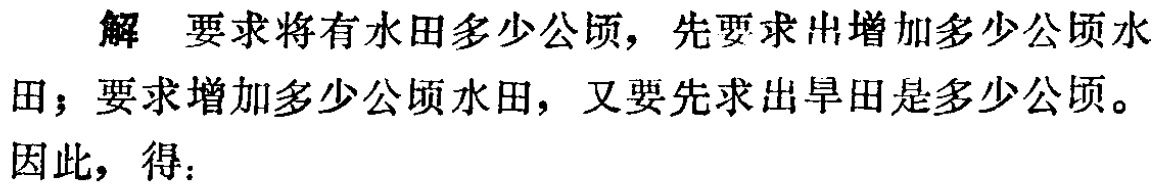
解 要求将有水田多少公顷，先要求出增加多少公顷水田；要求增加多少公顷水田，又要先求出旱田是多少公顷。
因此，得：